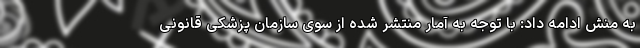
به منش ادامه داد: با توجه به آمار منتشر شده از سوی سازمان پزشکی قانونی